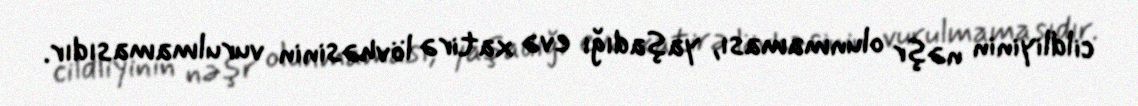
cildliyinin nəşr olunmaması, yaşadığı evə xatirə lövhəsinin vurulmamasıdır.